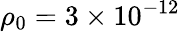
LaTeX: \rho_{0}=3\times 10^{-12}